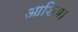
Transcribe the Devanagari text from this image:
आशिय।